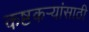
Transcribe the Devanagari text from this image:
कष्टकर्‍यांसाठी